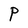
Character: P